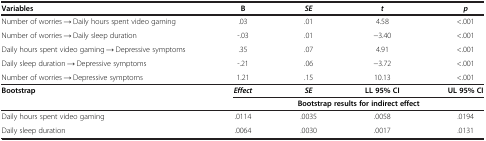
<table><thead><tr><td><b>Variables</b></td><td><b>B</b></td><td><b><i>SE</i></b></td><td><b><i>t</i></b></td><td><b><i>p</i></b></td></tr></thead><tbody><tr><td>Number of worries → Daily hours spent video gaming</td><td>.03</td><td>.01</td><td>4.58</td><td>&lt;.001</td></tr><tr><td>Number of worries → Daily sleep duration</td><td>-.03</td><td>.01</td><td>-3.40</td><td>&lt;.001</td></tr><tr><td>Daily hours spent video gaming → Depressive symptoms</td><td>.35</td><td>.07</td><td>4.91</td><td>&lt;.001</td></tr><tr><td>Daily sleep duration → Depressive symptoms</td><td>-.21</td><td>.06</td><td>-3.72</td><td>&lt;.001</td></tr><tr><td>Number of worries → Depressive symptoms</td><td>1.21</td><td>.15</td><td>10.13</td><td>&lt;.001</td></tr><tr><td rowspan="2"><b>Bootstrap</b></td><td><b><i>Effect</i></b></td><td><b><i>SE</i></b></td><td><b>LL 95% CI</b></td><td><b>UL 95% CI</b></td></tr><tr><td colspan="4"><b>Bootstrap results for indirect effect</b></td></tr><tr><td>Daily hours spent video gaming</td><td>.0114</td><td>.0035</td><td>.0058</td><td>.0194</td></tr><tr><td>Daily sleep duration</td><td>.0064</td><td>.0030</td><td>.0017</td><td>.0131</td></tr></tbody></table>